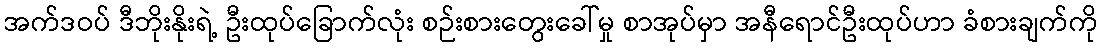
အက်ဒဝပ် ဒီဘိုးနိုးရဲ့ ဦးထုပ်ခြောက်လုံး စဉ်းစားတွေးခေါ်မှု စာအုပ်မှာ အနီရောင်ဦးထုပ်ဟာ ခံစားချက်ကို